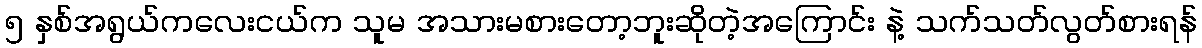
၅ နှစ်အရွယ်ကလေးငယ်က သူမ အသားမစားတော့ဘူးဆိုတဲ့အကြောင်း နဲ့ သက်သတ်လွတ်စားရန်